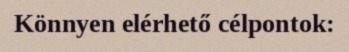
Könnyen elérhető célpontok: